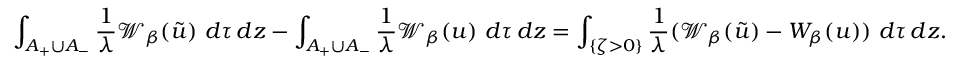
\int _ { A _ { + } \cup A _ { - } } \frac { 1 } { \lambda } \mathcal { W } _ { \beta } ( \tilde { u } ) \ d \tau \, d z - \int _ { A _ { + } \cup A _ { - } } \frac { 1 } { \lambda } \mathcal { W } _ { \beta } ( u ) \ d \tau \, d z = \int _ { \{ \zeta > 0 \} } \frac { 1 } { \lambda } ( \mathcal { W } _ { \beta } ( \tilde { u } ) - W _ { \beta } ( u ) ) \ d \tau \, d z .